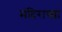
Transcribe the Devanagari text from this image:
मंदिराच्य़ा